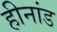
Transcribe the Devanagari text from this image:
हीनांड